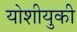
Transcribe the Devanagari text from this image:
योशीयुकी